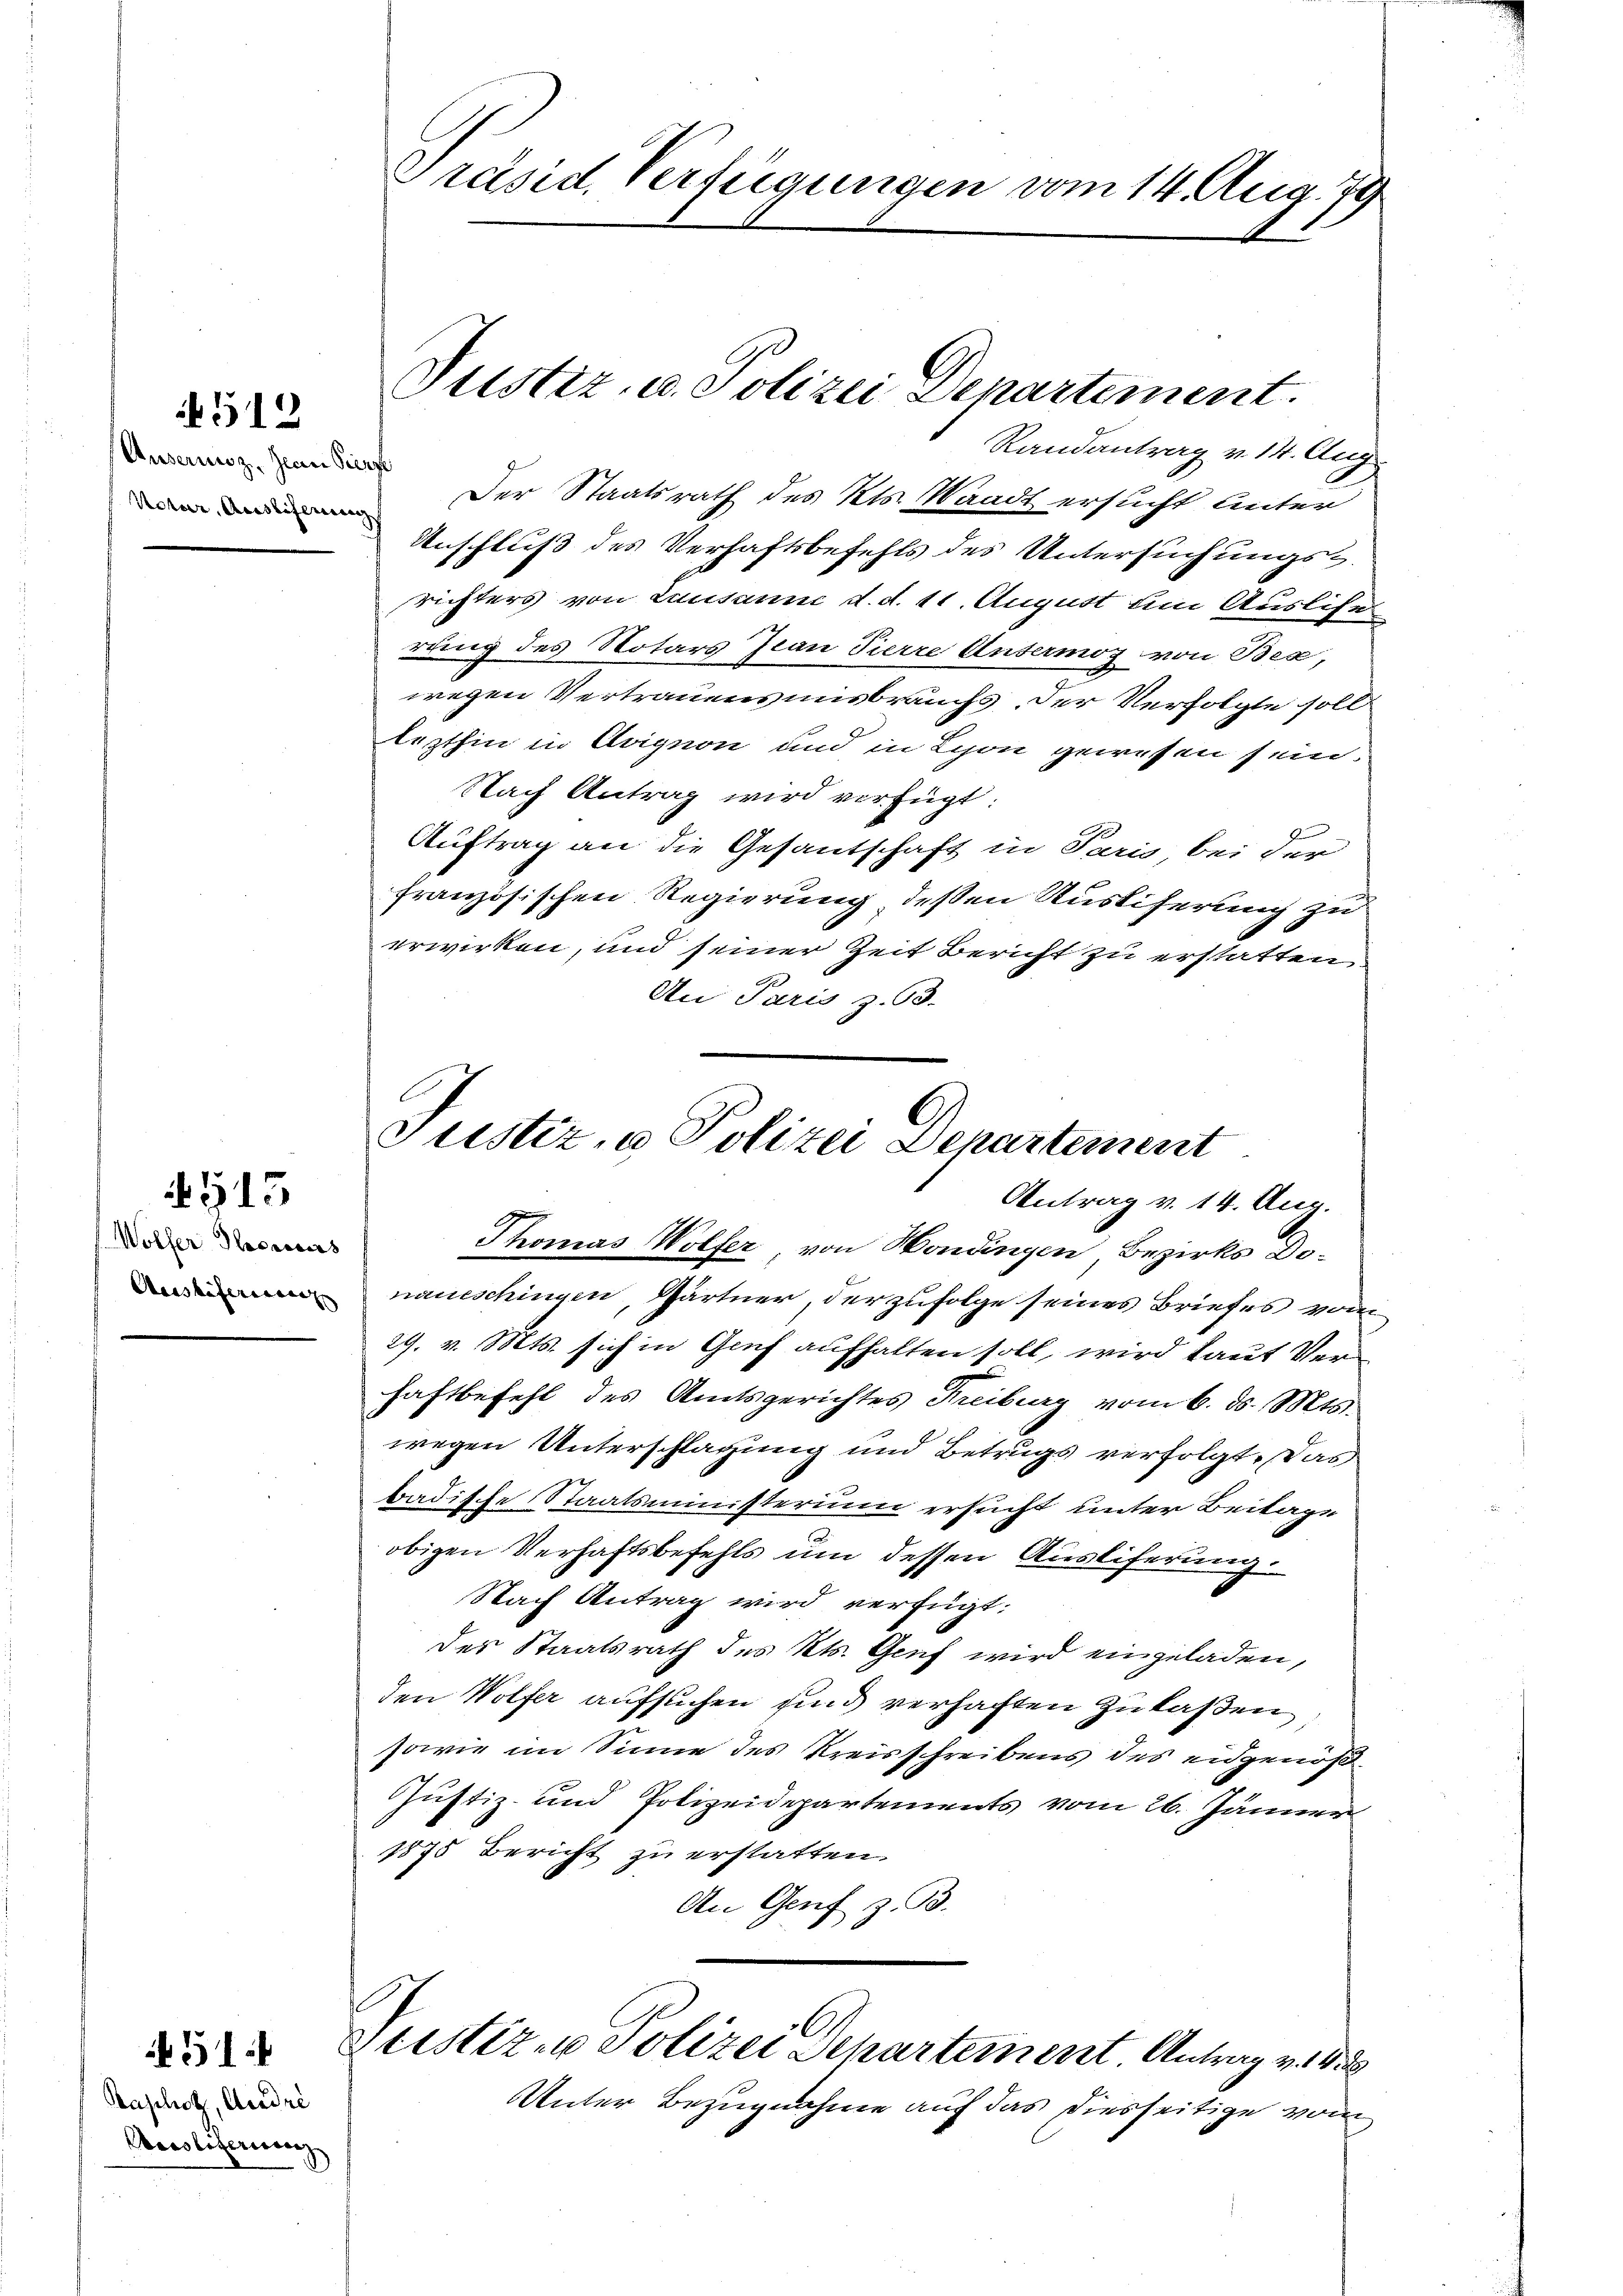
N 512

Ansausz. Jean Pierf
Uctur, Ausstiferung

G13

Woller Thorers

51

Kaphotz, Andre
Anstifering

Präsid. Verfügungen vom 14. Aug. 179

Justiz- u. Polizei Departement.
Randantrag v. 14. Aug

Der Staatsrath des Kts. Waadt ersucht unter
Anschluß des Verhaftsbefehls des Untersuchungs-
richters von Lausanne d. d. 11. August um Ausliser
rung des Notars Iran Tierre Unsermoz von Bea,
wegen Vertrauensmisbrauchs der Verfolgte soll
lezthin in Coignon und in Lyon gewesen sein.
Nach Antrag wird verfügt:
Auftrag an die Gesantschaft in Paris, bei der
französischen Regierung deßen Ausliferung zu
erwirken, und seiner Zeit Bericht zu erstatten.
An Paris z. 93.

Justiz, u. Polizei Departement
Antrag v. 14. Aug.

Thomas Wolfer von Mondingen Bezirks Donauischingen, Gärtner, der zufolge seines Briefes vom
29. v. Mts. sich in Genf aufhalten soll, wird laut Verhaftbefehl des Amtsgerichtes Freiburg vom 6. ds. Mts.
wegen Unterschlagung und Betrugs verfolgt. Das
badische Staatsministerium ersucht unter Beilage
obigen Verhaftsbefehls um dessen Ausliferung.
Nach Antrag wird verfügt:
des Staatsrath des Kts. Genf wird eingeladen,
den Wolfer aufsuchen und verhaften zulaßen,
sowie im Sinne des Kreisschreibens des eidgenöß
Justiz- und Polizeidepartements vom 26. Jänner
1875 Bericht zu erstatten.
An Genf z. B.
Leistiren Polizei Departement. Antrag v. 1
Unter Bezugnahme auf das diesseitige vom